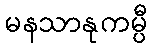
မနသာနုကမ္ပီ